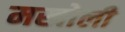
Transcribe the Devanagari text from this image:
मखोली